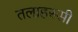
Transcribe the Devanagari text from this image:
तलाहस्सी